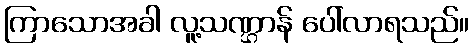
ကြာသောအခါ လူ့သဏ္ဌာန် ပေါ်လာရသည်။